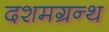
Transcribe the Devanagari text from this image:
दशमग्रन्थ